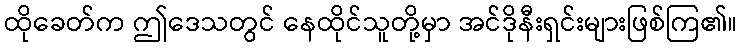
ထိုခေတ်က ဤဒေသတွင် နေထိုင်သူတို့မှာ အင်ဒိုနီးရှင်းများဖြစ်ကြ၏။